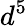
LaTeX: d^{5}